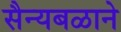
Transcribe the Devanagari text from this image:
सैन्यबळाने